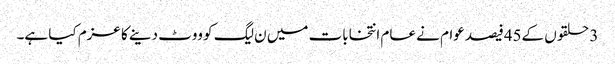
3 حلقوں کے45فیصد عوام نے عام انتخابات میں ن لیگ کو ووٹ دینے کا عزم کیا ہے۔